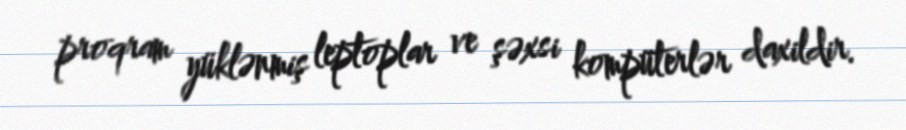
proqram yüklənmiş leptoplar ve şəxsi kompüterlər daxildir.